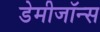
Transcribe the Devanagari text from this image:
डेमीजॉन्स